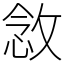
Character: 敜